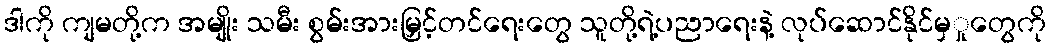
ဒါကို ကျမတို့က အမျိုး သမီး စွမ်းအားမြှင့်တင်ရေးတွေ သူတို့ရဲ့ပညာရေးနဲ့ လုပ်ဆောင်နိုင်မှှုတွေကို